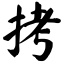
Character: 拷